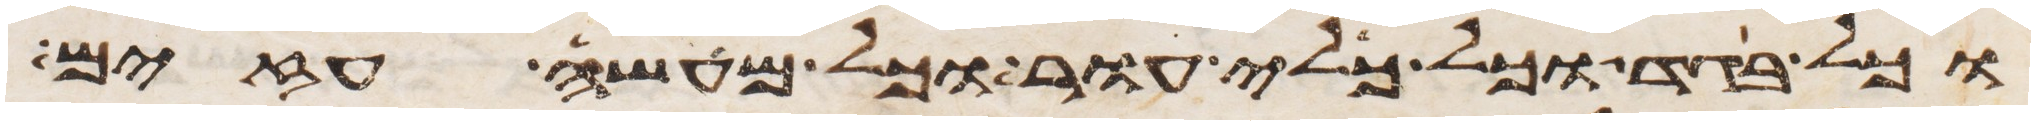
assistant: וכל בגד וכל כלי עור וכל מעשה עזים